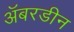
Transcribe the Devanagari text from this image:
अॅबरडीन